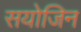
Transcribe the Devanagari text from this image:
सयोजिन